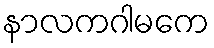
နာလကဂါမကေ